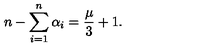
n - \sum _ { i = 1 } ^ { n } \alpha _ { i } = \frac { \mu } { 3 } + 1 .